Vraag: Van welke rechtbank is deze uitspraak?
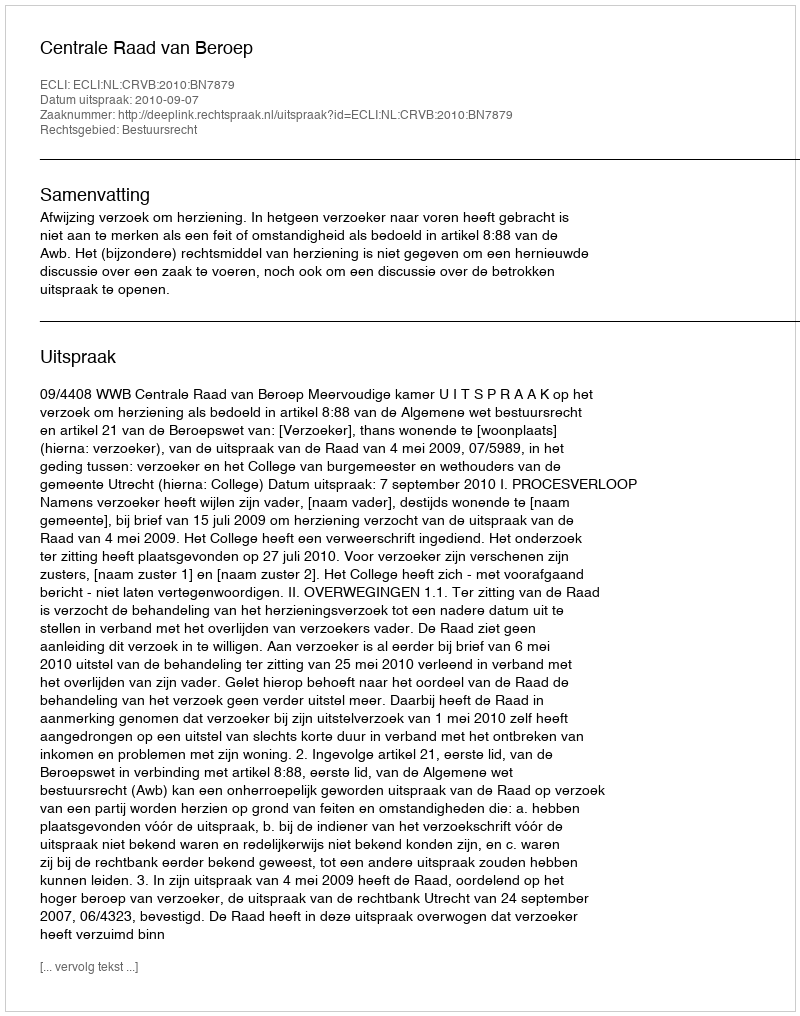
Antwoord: Centrale Raad van Beroep